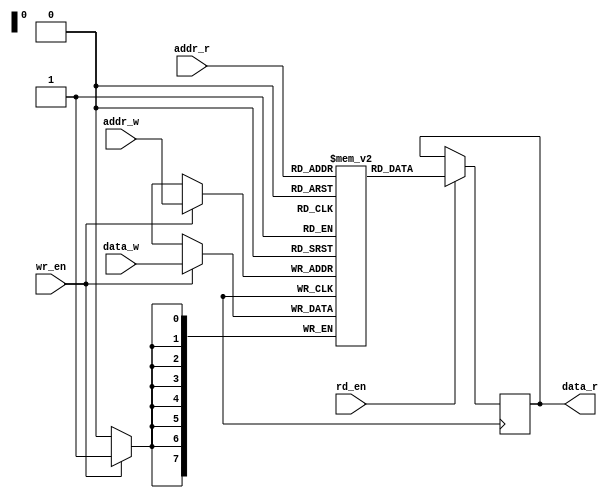
module dual_port_ram (
    input wire [7:0] addr_r, // address for reading
    output reg [7:0] data_r, // data output for reading
    input wire rd_en, // read enable signal

    input wire [7:0] addr_w, // address for writing
    input wire [7:0] data_w, // data input for writing
    input wire wr_en // write enable signal
);

reg [7:0] mem [0:255]; // dual-port RAM implemented using sequential logic blocks

always @(posedge clk) begin
    if (rd_en) begin
        data_r <= mem[addr_r];
    end
    if (wr_en) begin
        mem[addr_w] <= data_w;
    end
end

// arbitration module
reg busy;
reg [1:0] request_queue;
reg selected_request;

always @(posedge clk) begin
    if (rd_en && wr_en) begin
        busy <= 1;
        if (request_queue == 0) begin
            request_queue <= 1;
            selected_request <= 1;
        end
        else if (request_queue == 1) begin
            request_queue <= 2;
        end
    end
    else if (rd_en || wr_en) begin
        busy <= 1;
        if (!selected_request) begin
            request_queue <= 1;
            selected_request <= 1;
        end
        else begin
            request_queue <= 2;
        end
    end
    else begin
        busy <= 0;
        request_queue <= 0;
        selected_request <= 0;
    end
end

endmodule